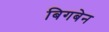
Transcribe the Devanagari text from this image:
बिगबेन